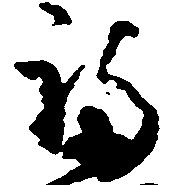
福